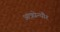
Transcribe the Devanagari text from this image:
आंत्रप्रेन्यौर